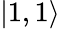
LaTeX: \left|1,1\right\rangle